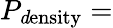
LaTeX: P_{\mathrm{\mathit density}}=